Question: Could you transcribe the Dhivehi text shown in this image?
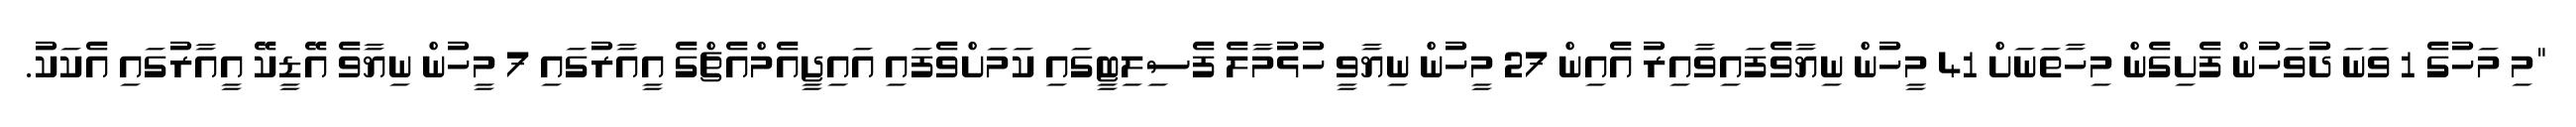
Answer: "މި މަހުގެ 1 ވަނަ ދުވަހުން ފެށިގެން މިހާތަނަށް 41 މީހުން ނިޔާވެފައިވާއިރު އެއިން 27 މީހުން ނިޔާވީ ހުޅުމާލެ ފެސިލިޓީގައި ކަމަށްވެފައި އައިޖީއެމްއެޗްގެ އީއާރުގައި 7 މީހުން ނިޔާވެ އޭޑީކޭ އީއާރުގައި އެކަކު.